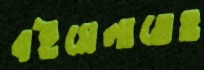
বইমেলাতেও